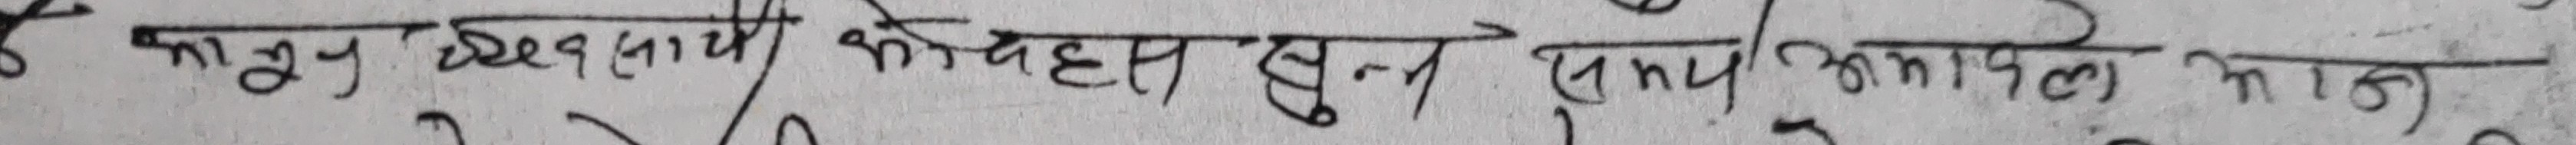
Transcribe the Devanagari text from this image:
अनूप खेत १ कोचहस सुन १ना आम पिल भाज